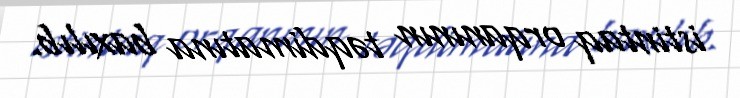
istintaq orqanının təqdimatına baxılıb.